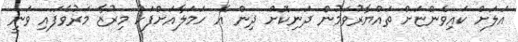
އަލަށް ކައިވެންޏަށް ތައްޔާރުވަމުން ދަނިކޮށް ދިން އެ ހަމަލާއަށްފަހު މިރުޒާ މަރުވެފައި ވަނީ